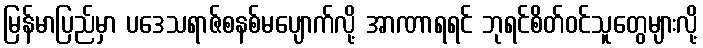
မြန်မာပြည်မှာ ပဒေသရာဇ်စနစ်မပျောက်လို့ အာဏာရရင် ဘုရင်စိတ်ဝင်သူတွေများလို့